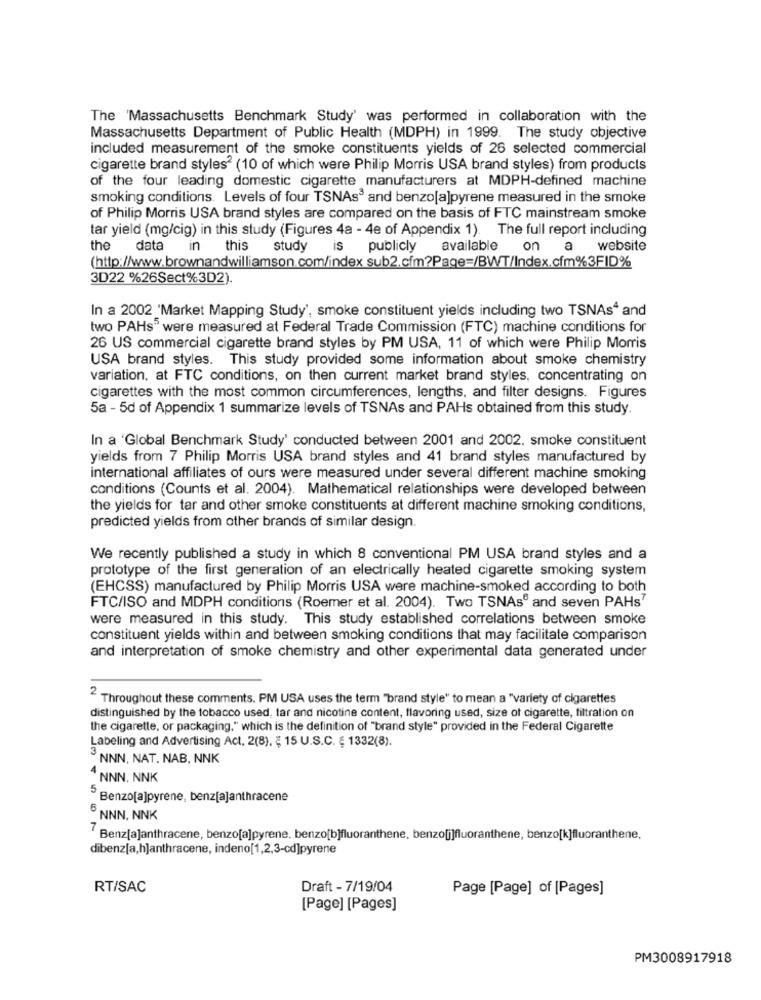
The 'Massachusetts Benchmark Study' was performed in collaboration with the
Massachusetts Department of Public Health (MDPH) in 1999. The study objective
included measurement of the smoke constituents yields of 26 selected commercial
cigarette brand styles2 (10 of which were Philip Morris USA brand styles) from products
of the four leading domestic cigarette manufacturers at MDPH-defined machine
smoking conditions. Levels of four TSNAs and benzo[a]pyrene measured in the smoke
of Philip Morris USA brand styles are compared on the basis of FTC mainstream smoke
tar yield (mg/cig) in this study (Figures 4a - 4e of Appendix 1). The full report including
the data
in
this study is publicly
available on a
website
(http://www.brownandwilliamson.com/index sub2.cfm?Page=/BWT/Index.cfm%3FID%
3D22 %26Sect%3D2).
In a 2002 'Market Mapping Study', smoke constituent yields including two TSNAs" and
two PAHs" were measured at Federal Trade Commission (FTC) machine conditions for
26 US commercial cigarette brand styles by PM USA, 11 of which were Philip Morris
USA brand styles. This study provided some information about smoke chemistry
variation, at FTC conditions, on then current market brand styles, concentrating on
cigarettes with the most common circumferences, lengths, and filter designs. Figures
5a - 5d of Appendix 1 summarize levels of TSNAs and PAHs obtained from this study.
In a 'Global Benchmark Study' conducted between 2001 and 2002. smoke constituent
yields from 7 Philip Morris USA brand styles and 41 brand styles manufactured by
international affiliates of ours were measured under several different machine smoking
conditions (Counts et al. 2004). Mathematical relationships were developed between
the yields for tar and other smoke constituents at different machine smoking conditions,
predicted yields from other brands of similar design.
We recently published a study in which 8 conventional PM USA brand styles and a
prototype of the first generation of an electrically heated cigarette smoking system
(EHCSS) manufactured by Philip Morris USA were machine-smoked according to both
FTC/ISO and MDPH conditions (Roemer et al. 2004). Two TSNAs" and seven PAHs7
were measured in this study. This study established correlations between smoke
constituent yields within and between smoking conditions that may facilitate comparison
and interpretation of smoke chemistry and other experimental data generated under
2 Throughout these comments. PM USA uses the term "brand style" to mean a "variety of cigarettes
distinguished by the tobacco used, tar and nicotine content, flavoring used, size of cigarette, filtration on
the cigarette, or packaging," which is the definition of "brand style" provided in the Federal Cigarette
Labeling and Advertising Act, 2(8), ¿ 15 U.S.C. § 1332(8).
3 NNN, NAT. NAB, NNK
4 NNN. NNK
Benzo[a]pyrene, benz[a]anthracene
6 NNN. NNK
Benz[a]anthracene, benzo[a]pyrene, benzo[b]fluoranthene, benzo[i]fluoranthene, benzo[k]fluoranthene,
dibenz[a,h]anthracene, indeno[1,2,3-cd]pyrene
RT/SAC
Draft - 7/19/04
Page [Page] of [Pages]
[Page] [Pages]
PM3008917918